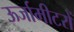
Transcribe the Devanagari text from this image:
ऊर्जामीटरों